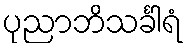
ပုညာဘိသင်္ခါရံ